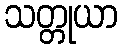
သတ္တုယာ